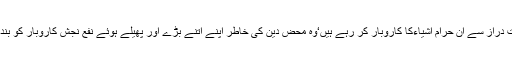
کیونکہ جو مسلمان خنزیر کی چربی سے بنے بسکٹ،ٹافی وغیرہ کی ایجنسی لے کر کروت دراز سے ان حرام اشیاءکا کاروبار کر رہے ہیں‘وہ محض دین کی خاطر اپنے اتنے بڑے اور پھیلے ہوئے نفع نجش کاروبار کو بند کردیں، موجودہ دور کی مفاد پرست ذہنیت کے تناظر میں اس بات کا امکانات معدوم ہیں۔